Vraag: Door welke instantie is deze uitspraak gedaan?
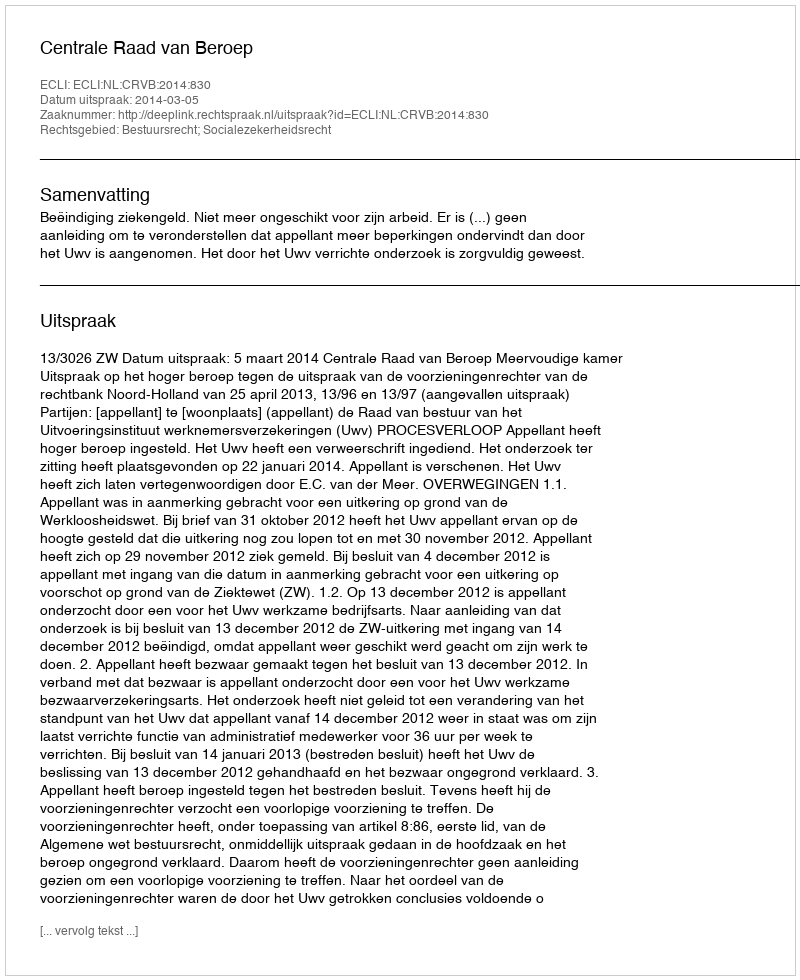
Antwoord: Centrale Raad van Beroep